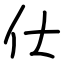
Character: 仕